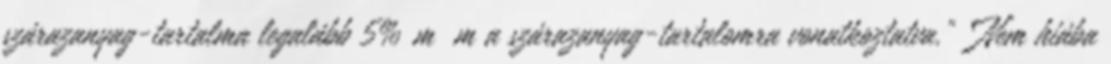
szárazanyag-tartalma legalább 5% m m a szárazanyag-tartalomra vonatkoztatva." "Nem hiába